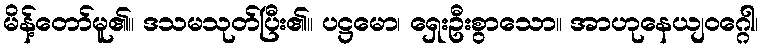
မိန့်တော်မူ၏။ ဒသမသုတ်ပြီး၏။ ပဋ္ဌမော၊ ရှေးဦးစွာသော။ အာဟုနေယျဝဂ္ဂေါ၊